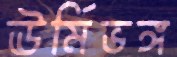
ঊর্মিভঙ্গ